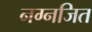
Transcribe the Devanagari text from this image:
नग्नजित